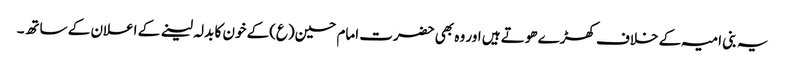
یہ بنی امیہ کے خلاف کھڑے ھوتے ہیں اور وہ بھی حضرت امام حسین(ع)کے خون کا بدلہ لینے کے اعلان کے ساتھ۔